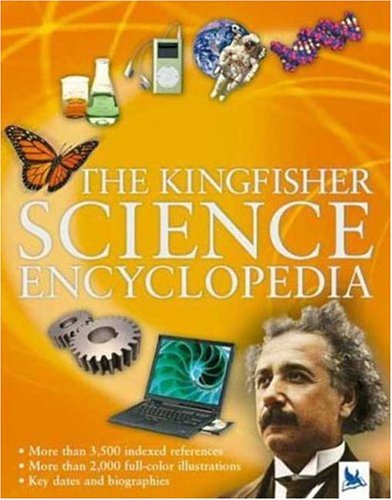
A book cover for The Kingfisher Science Encyclopedia (Kingfisher Encyclopedias); Charles Taylor; Reference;